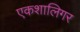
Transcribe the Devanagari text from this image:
एकशालिगर